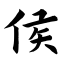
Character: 侯